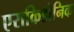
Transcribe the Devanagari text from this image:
एराकिडोनिक